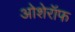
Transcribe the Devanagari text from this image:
ओशेरॉफ